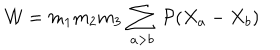
{ \cal W } = m _ { 1 } m _ { 2 } m _ { 3 } \, \sum _ { a > b } \, { \cal P } ( X _ { a } - X _ { b } )